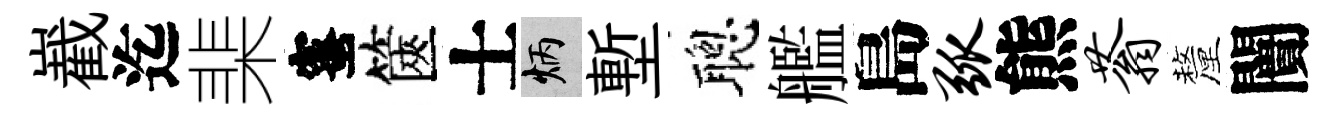
嶻迄棐蜜篋士炳塹聰艦島弧熊蓊釐闠